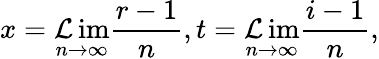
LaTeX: x=\operatorname*{\mathcal{L}im}_{n\to\infty}\frac{{r-1}}{{n}},t=\operatorname*{\mathcal{L}im}_{n\to\infty}\frac{{i-1}}{{n}},